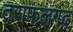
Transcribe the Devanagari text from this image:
तराफलगढ़